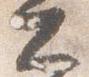
大